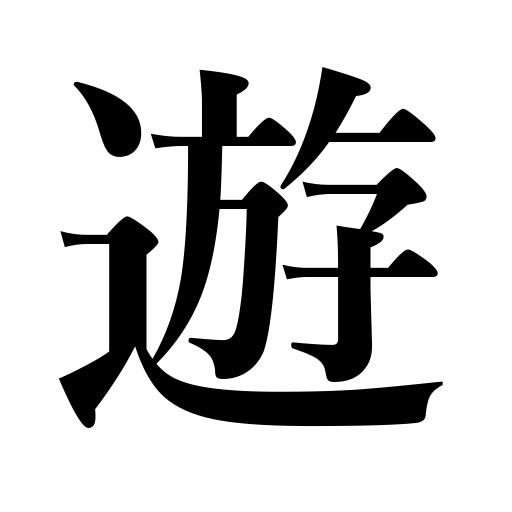
Meanings: visit,take a holiday,enjoy oneself,study under,go on a spree,be out of use,play,be unemployed,be idle